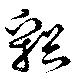
谿